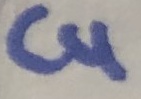
Text: C4